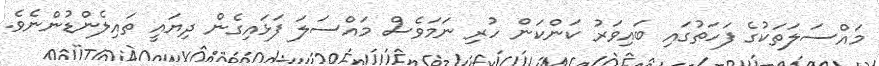
މައްސަލަތަކުގެ ފަހަތުގައި ބައިވަރު ކަންކަން ހުރި ނަމަވެސް މައްސަލަ ފަޅައިގެން ދިޔައީ ތައިލެންޑުންނެވެ.